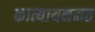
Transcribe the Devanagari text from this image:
कात्यायनमत